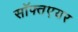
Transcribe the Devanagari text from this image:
सॉफ्तएयर